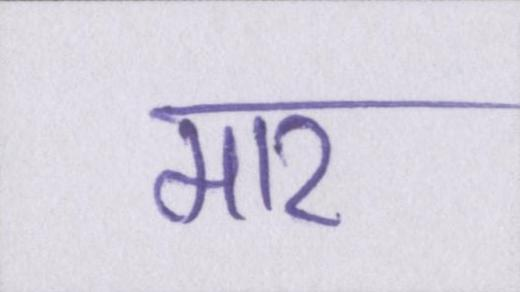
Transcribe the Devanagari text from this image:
मार